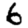
Digit: 6